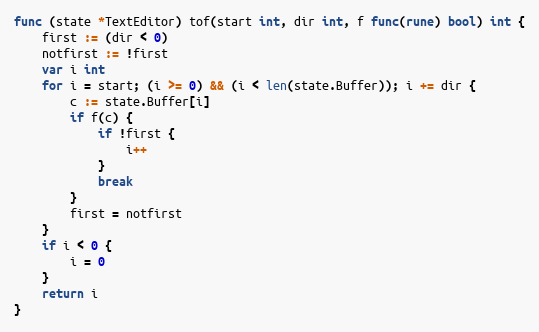
Language: Go
func (state *TextEditor) tof(start int, dir int, f func(rune) bool) int {
	first := (dir < 0)
	notfirst := !first
	var i int
	for i = start; (i >= 0) && (i < len(state.Buffer)); i += dir {
		c := state.Buffer[i]
		if f(c) {
			if !first {
				i++
			}
			break
		}
		first = notfirst
	}
	if i < 0 {
		i = 0
	}
	return i
}